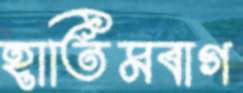
হাতিমবাগ